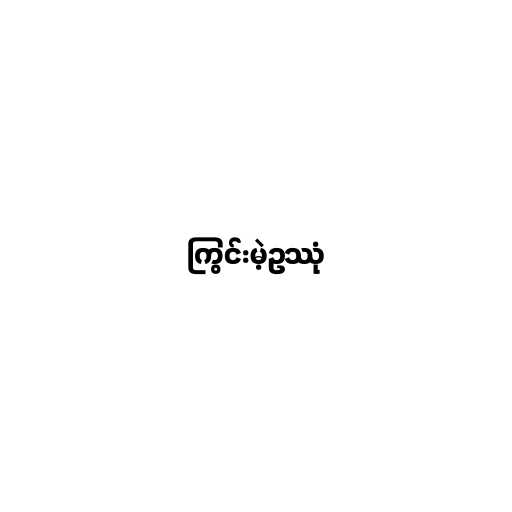
ကြွင်းမဲ့ဥဿုံ